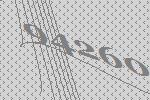
94260